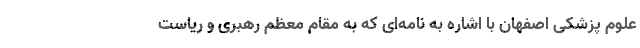
علوم پزشکی اصفهان با اشاره به نامه‌ای که به مقام معظم رهبری و ریاست